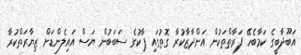
އަބޫދާބީގެ ކަމާބެހޭ ފަރާތްތަކުން އަންދާޒާކުރާ ގޮތުގައި ޕާކުގެ ސަބަބުން ޔަސް އައިލެންޑަށް ޒިޔާރަތްކުރާ